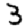
Digit: 3